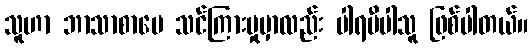
သူဟာ ဘာသာစာပေ သင်ကြားမှုမှာလည်း ပါရမီပါသူ ဖြစ်ပါတယ်။